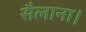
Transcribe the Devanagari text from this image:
सैलाना।